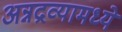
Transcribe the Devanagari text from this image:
अन्नद्रव्यामध्ये